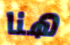
هنا